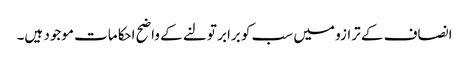
انصاف کے ترازو میں سب کو برابر تولنے کے واضح احکامات موجود ہیں۔